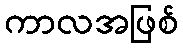
ကာလအဖြစ်